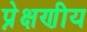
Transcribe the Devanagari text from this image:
प्रे़क्षणीय